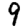
Digit: 9